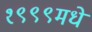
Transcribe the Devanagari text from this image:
१९९९मधे